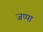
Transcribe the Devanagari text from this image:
जप्पा